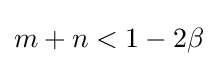
m+n<1-2\beta